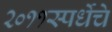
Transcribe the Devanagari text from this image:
२०११स्पर्धेचे